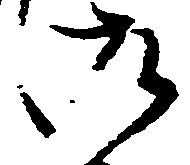
御